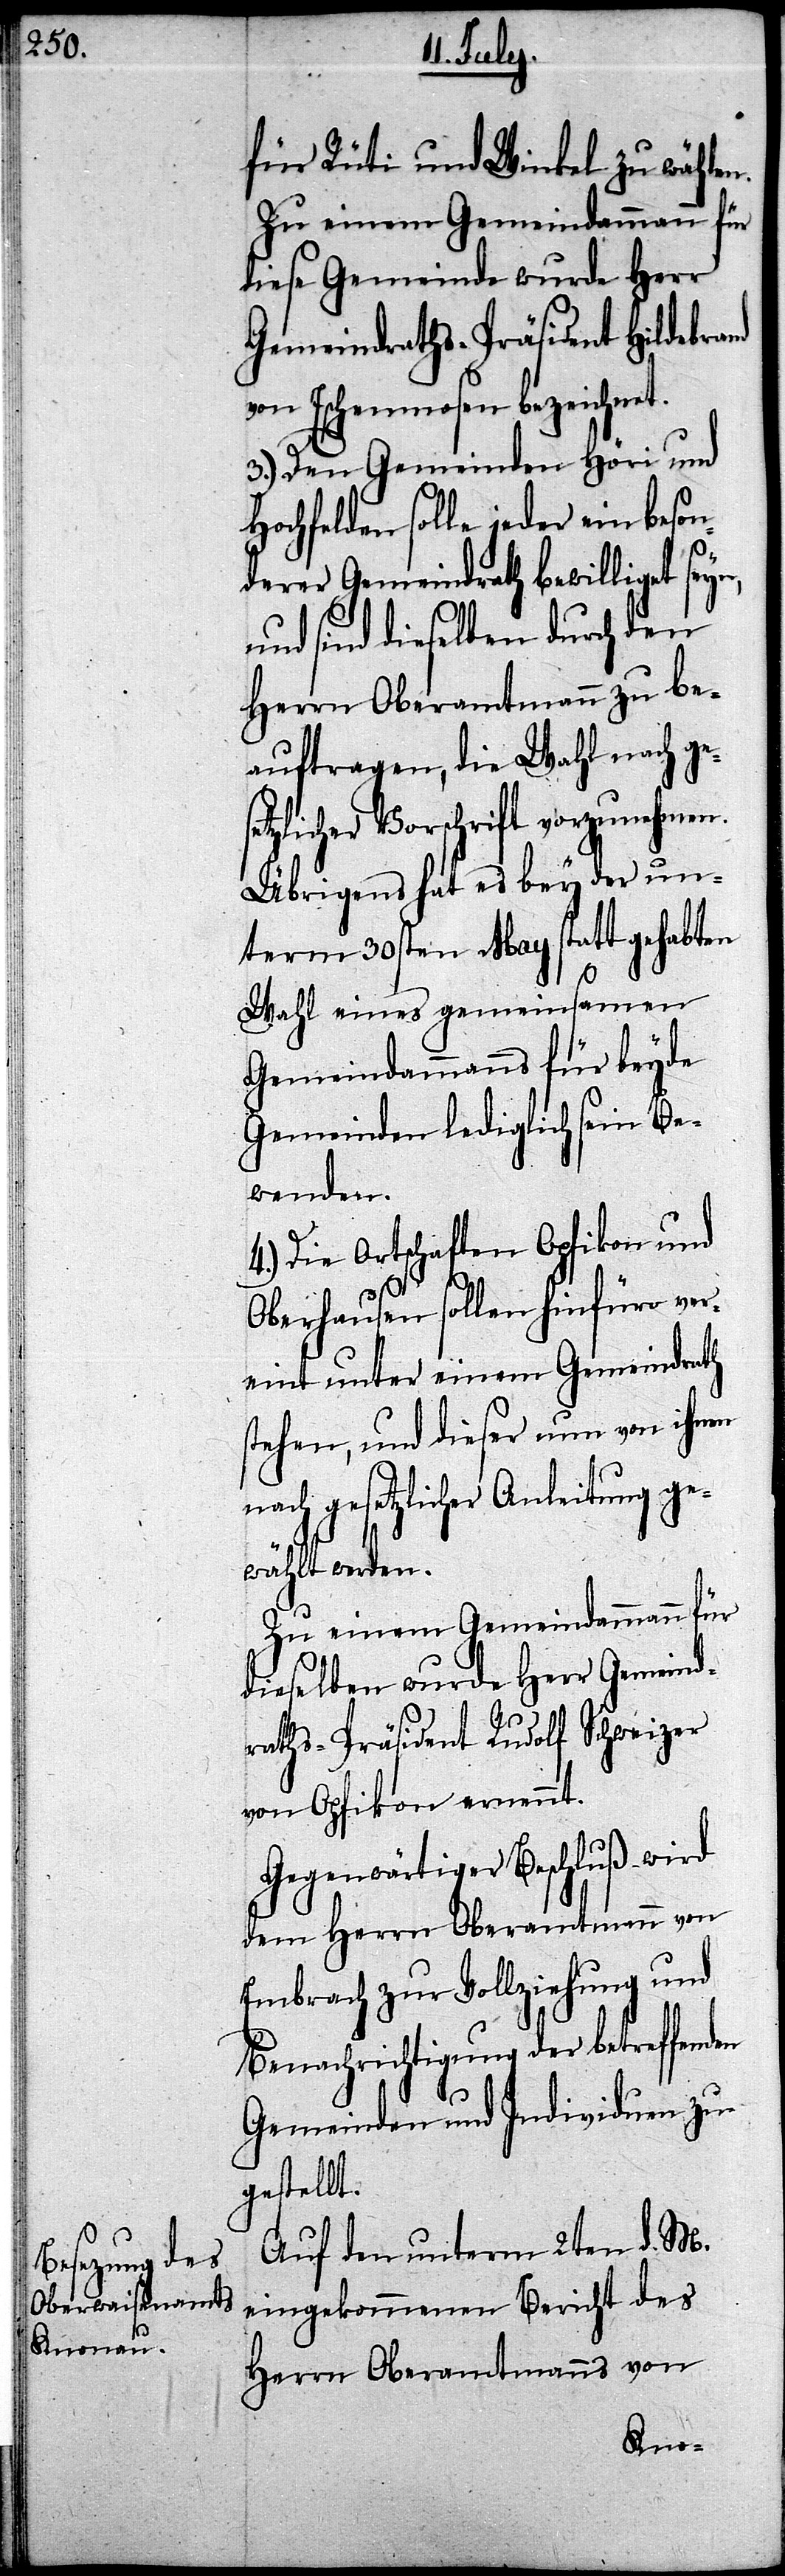
für Rüti und Winkel zu wählen.
Zu einem Gemeindammann für
diese Gemeinde wurde Herr
Gemeindraths-Präsident Hildebrand
von Eschenmosen bezeichnet.
3.) Den Gemeinden Höri und
Hochfelden solle jeder ein beson¬
derer Gemeindrath bewilliget
und sind dieselben durch den
Herrn Oberamtmann zu be¬
auftragen, die Wahl nach ges¬
etzlicher Vorschrift vorzunehmen.
Übrigens hat es bey der un¬
term 30sten May statt gehabten
Wahl eines gemeinsamen
Gemeindammanns für beyde
Gemeinden lediglich sein Be¬
wenden.
4.) Die Ortschaften Opfikon und
Oberhausen sollen hinfüro ver¬
eint unter einem Gemeindrath
stehen, und dieser nun von ihnen
nach gesetzlicher Anleitung ge¬
wählt werden.
Zu einem Gemeindammann für
dieselben wurde Herr Gemeind¬
raths-Präsident Rudolf Schweizer
von Opfikon ernennt.
Gegenwärtiger Beschluß wird
dem Herrn Oberamtmann von
Embrach zur Vollziehung und
Benachrichtigung der betreffenden
Gemeinden und Individuen zu¬
gestellt.
Auf den unterm 2ten d. M.
eingekommenen Bericht des
Herrn Oberamtmanns von